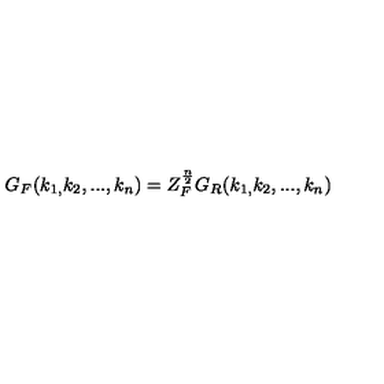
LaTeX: G _ { F } ( k _ { 1 , } k _ { 2 } , . . . , k _ { n } ) = Z _ { F } ^ { \frac n 2 } G _ { R } ( k _ { 1 , } k _ { 2 } , . . . , k _ { n } )